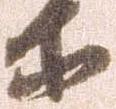
等